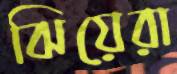
ঝিয়েরা